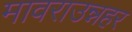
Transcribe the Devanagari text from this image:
मावराउन्नहर